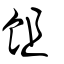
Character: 飷